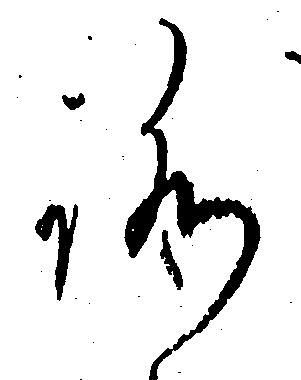
ろ